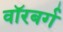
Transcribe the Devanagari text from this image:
वॉरबर्ग